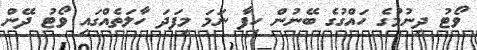
ވޯޓު ދިނުމުގެ ހައްގުގެ ބޭނުން ހިފާ ނަމަ މިފަދަ ހާލަތެއްގައި ވޯޓު ދޭން